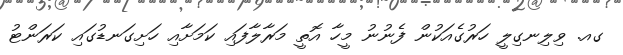
ގއ. ވިލިނގިލީ ހަރުގެއަކުން ފެނުނު މީހާ އޮތީ މަރާލާފައި ކަމަށާއި ހަށިގަނޑުގައި ކަރަންޓު